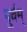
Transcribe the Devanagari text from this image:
पूर्वम्